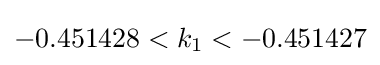
{\textstyle -0.451428<k_{1}<-0.451427}